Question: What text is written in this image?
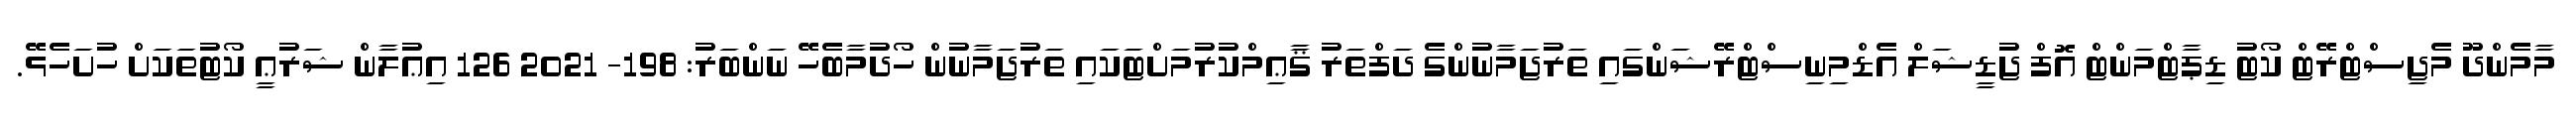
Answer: މާމެންދޫ މެޖިސްޓްރޭޓް ކޯޓު ޑިޕާޓްމަންޓް އޮފް ޖުޑީޝަލް އެޑްމިނިސްޓްރޭޝަންގައި ތަރުޖަމާނުންގެ ދަފްތަރު ޤާޢިމްކުރުމަށްޓަކައި ތަރުޖަމާނުން ހޯދުމާބެހޭ ނަންބަރު: 198- 2021 126 އިޢުލާން ޝަރުޢީ ކޯޓުތަކަށް ހުށަހެޅޭ.